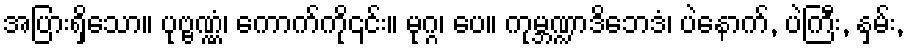
အပြားရှိသော။ ပုဗ္ဗဏ္ဏံ၊ ကောက်ကို၎င်း။ မုဂ္ဂ၊ ပေ။ ကုမ္ဘဏ္ဍာဒိဘေဒံ၊ ပဲနောက်, ပဲကြီး, နှမ်း,